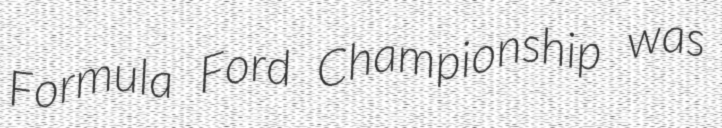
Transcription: Formula Ford Championship was